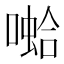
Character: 𱔝